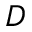
D